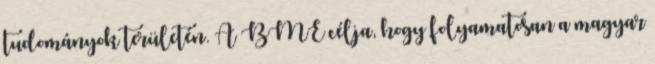
tudományok területén. A BME célja, hogy folyamatosan a magyar